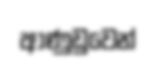
ආණුඩුවෙන්